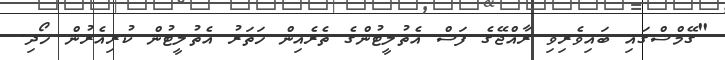
"ގޭމްސްގައި ބައިވެރިވި ރާއްޖޭގެ ފަސް އެތުލީޓުންގެ ތެރެއިން ހަތަރު އެތުލީޓުން ކުރިއެރުން ހޯދި.